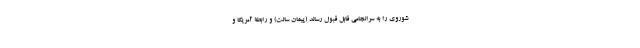
شوروی را به سرانجامی قابل قبول رساند (پیمان سالت) و رابطۀ آمریکا و